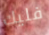
فليك